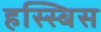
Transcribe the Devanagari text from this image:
हस्स्बिस